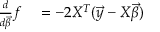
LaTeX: \begin{array} { r l } { { \frac { d } { d { \overrightarrow { \beta } } } } f } & { { } = - 2 X ^ { T } ( { \overrightarrow { y } } - X { \overrightarrow { \beta } } ) } \end{array}